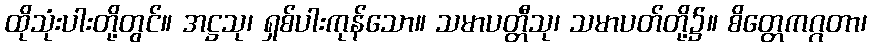
ထိုသုံးပါးတို့တွင်။ အဋ္ဌသု၊ ရှစ်ပါးကုန်သော။ သမာပတ္တီသု၊ သမာပတ်တို့၌။ စိတ္တေကဂ္ဂတာ၊